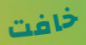
خافت